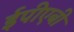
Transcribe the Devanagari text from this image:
ईपीएबी